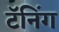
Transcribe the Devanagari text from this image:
टॅनिंग